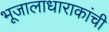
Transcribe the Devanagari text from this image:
भूजालाधाराकांची